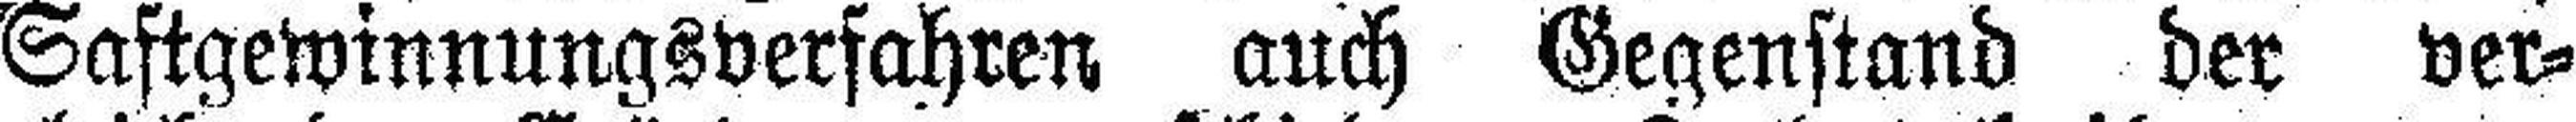
Saftgewinnungsverfahren auch Gegenstand der ver¬